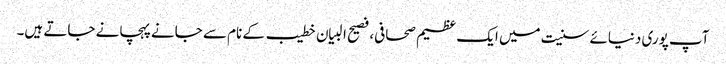
آپ پوری دنیائے سنیت میں ایک عظیم صحافی، فصیح البیان خطیب کے نام سے جانےپہچانے جاتے ہیں۔